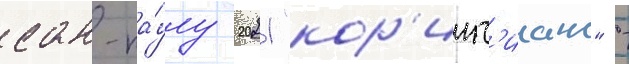
сан-па́улу 2021 "кор'инт'ианс" -